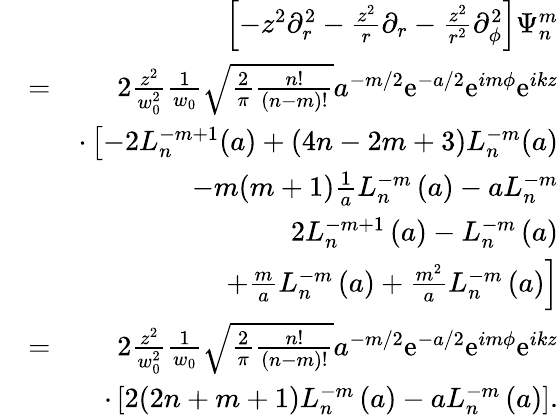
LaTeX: \begin{array}{rlr}&{}&{\left[-z^{2}\partial_{r}^{2}-\frac{z^{2}}{r}\partial_{r}-\frac{z^{2}}{r^{2}}\partial_{\phi}^{2}\right]\Psi_{n}^{m}}\\ &{=}&{2\frac{z^{2}}{w_{0}^{2}}\frac{1}{w_{0}}\sqrt{\frac{2}{\pi}\frac{n!}{(n-m)!}}a^{-m/2}\mathrm{e}^{-a/2}\mathrm{e}^{im\phi}\mathrm{e}^{ikz}}\\ &{}&{\cdot\left[-2L_{n}^{-m+1}(a)+(4n-2m+3)L_{n}^{-m}(a)\right.}\\ &{}&{\left.-m(m+1)\frac{1}{a}L_{n}^{-m}\left(a\right)-aL_{n}^{-m}\right.}\\ &{}&{\left.2L_{n}^{-m+1}\left(a\right)-L_{n}^{-m}\left(a\right)\right.}\\ &{}&{\left.+\frac{m}{a}L_{n}^{-m}\left(a\right)+\frac{m^{2}}{a}L_{n}^{-m}\left(a\right)\right]}\\ &{=}&{2\frac{z^{2}}{w_{0}^{2}}\frac{1}{w_{0}}\sqrt{\frac{2}{\pi}\frac{n!}{(n-m)!}}a^{-m/2}\mathrm{e}^{-a/2}\mathrm{e}^{im\phi}\mathrm{e}^{ikz}}\\ &{}&{\cdot\left[2(2n+m+1)L_{n}^{-m}\left(a\right)-aL_{n}^{-m}\left(a\right)\right].}\end{array}